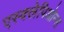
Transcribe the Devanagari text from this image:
एस्क्लेपिओन्स